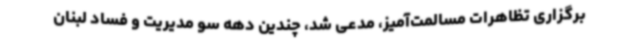
برگزاری تظاهرات مسالمت‌آمیز، مدعی شد، چندین دهه سو مدیریت و فساد لبنان